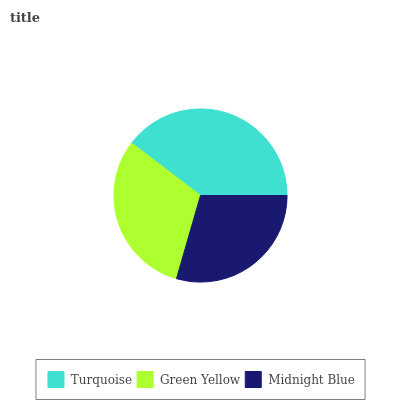
| Turquoise | Green Yellow | Midnight Blue |
 | --- | --- | --- |
 | 39.6% | 30.9% | 29.5% |